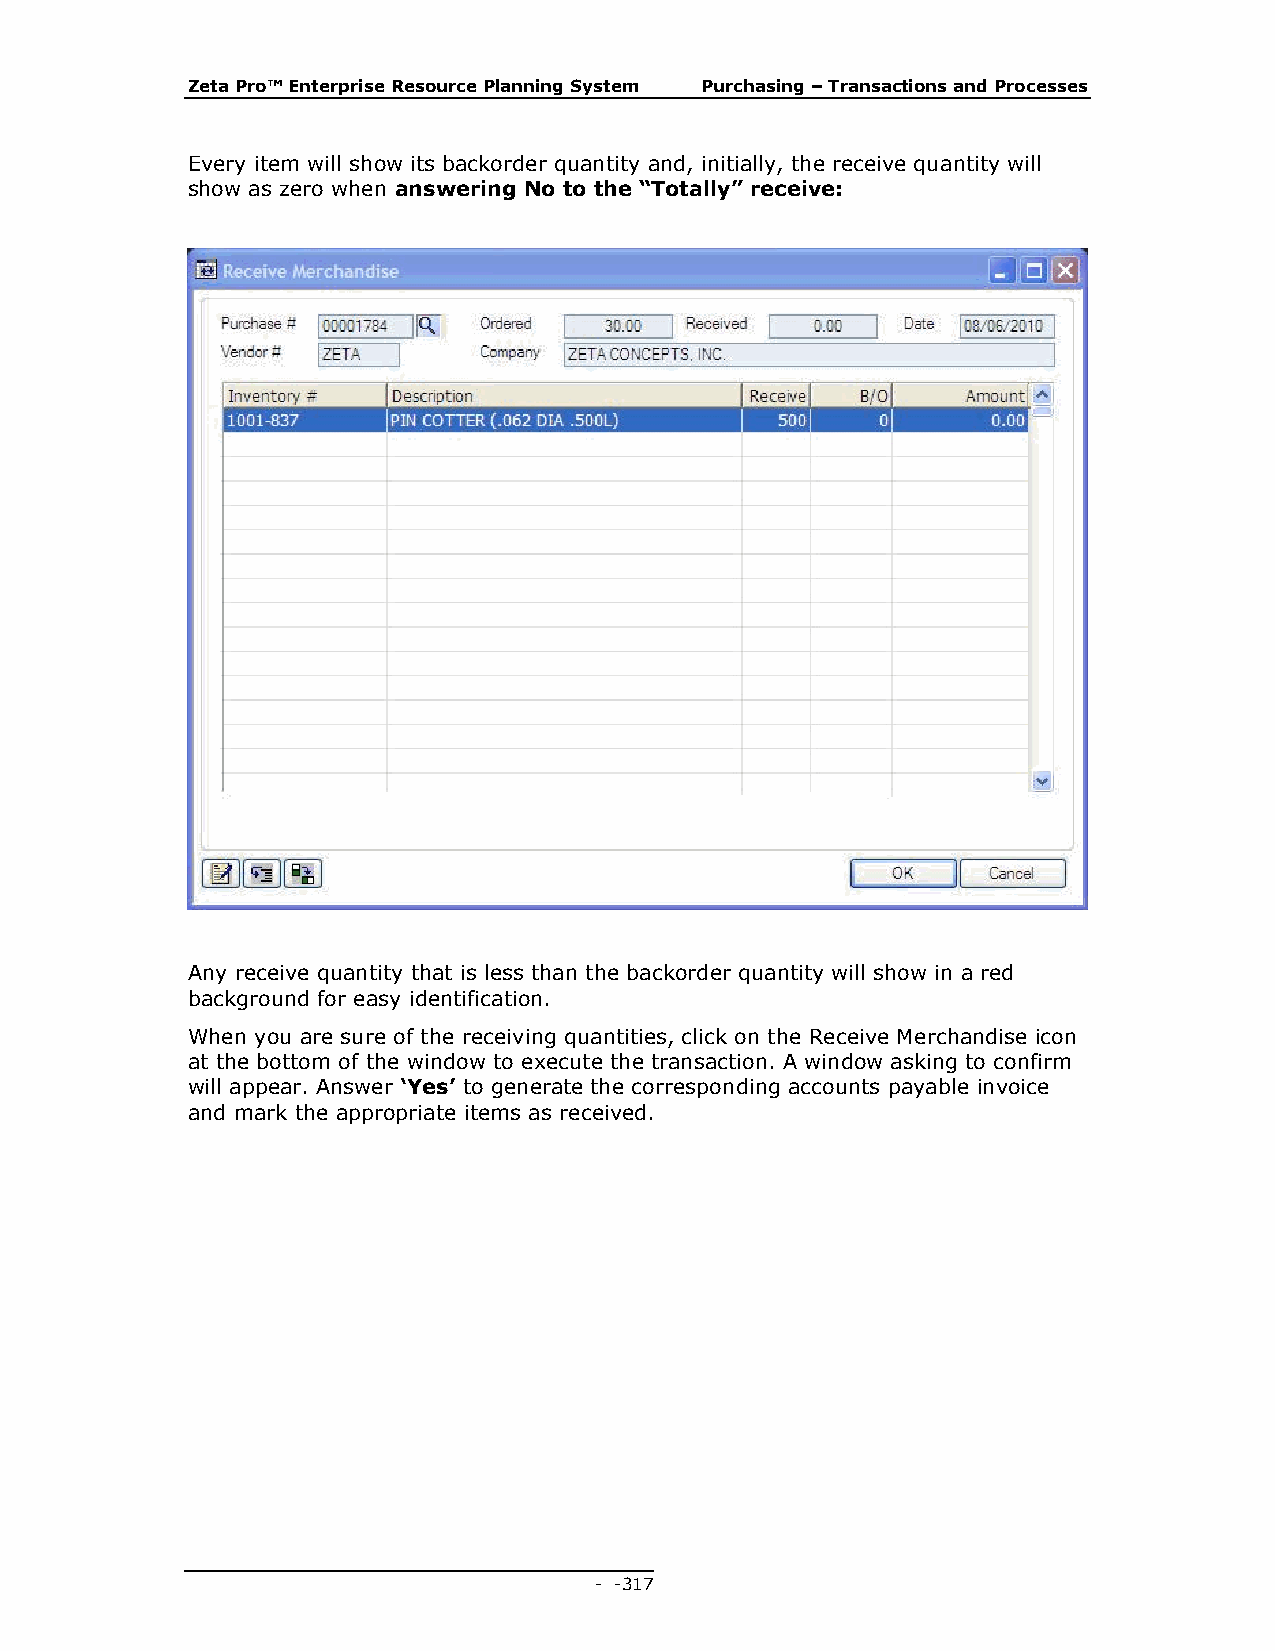
Zeta Pro™ Enterprise Resource Planning System Purchasing – Transactions and Processes
 Every item will show its backorder quantity and, initially, the receive quantity will
 show as zero when answering No to the “Totally” receive:
 Any receive quantity that is less than the backorder quantity will show in a red
 background for easy identification.
 When you are sure of the receiving quantities, click on the Receive Merchandise icon
 at the bottom of the window to execute the transaction. A window asking to confirm
 will appear. Answer ‘Yes’ to generate the corresponding accounts payable invoice
 and mark the appropriate items as received.
 - - 317